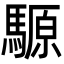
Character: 騵